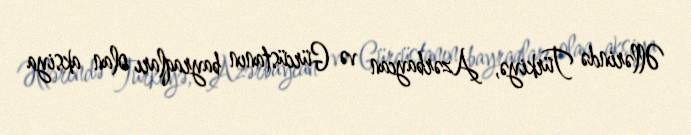
Əllərində Türkiyə, Azərbaycan və Gürcüstanın bayraqları olan aksiya